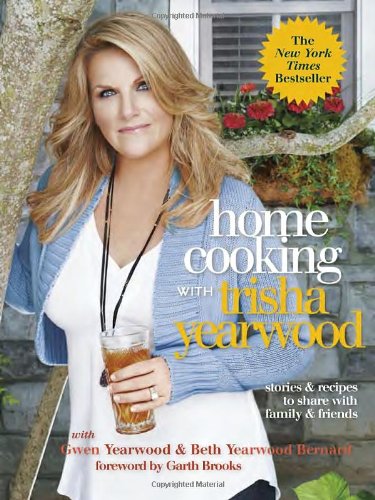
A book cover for Home Cooking with Trisha Yearwood: Stories and Recipes to Share with Family and Friends; Trisha Yearwood; Cookbooks, Food & Wine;